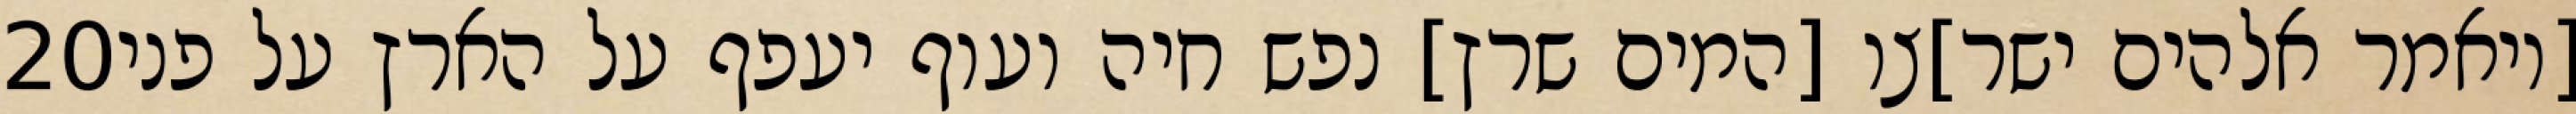
‎20‏ [ויאמר אלהים ישר]צו [המים שרץ] נפש חיה ועוף יעפף על הארץ על פני